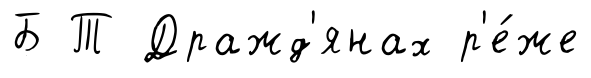
Б Т Дражд'янах р'е́же